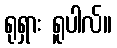
ရုရှား ရူပါလ်။